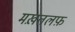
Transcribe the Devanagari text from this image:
मख़तलफ़